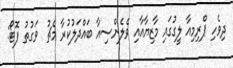
ދިވެހި ޕްރިމިއާ ލީގުގައި މާޒިޔާއާއި ވެލެންސިއާ ބައްދަލުކުރާ މެޗު  ވަގުތު ފޮޓޯ: